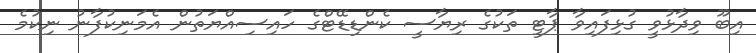
އިބޫ ވިދާޅުވީ ގުޅިފައިވާ ޕާޓީ ތަކުގެ ރިޔާސީ ކެންޑިޑޭޓްގެ ހައިސިއްޔަތުން އެމަނިކުފާނު ނިކުމެ